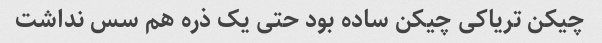
چیکن تریاکی چیکن ساده بود حتی یک ذره هم سس نداشت